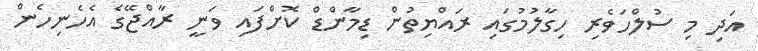
އަދި މި ސުލްހަވެރި ހިގާލުމުގައި ރައްޔިތުން ޑިމާންޑް ކޮށްފައި ވަނީ ރާއްޖޭގެ އެހެނިހެން